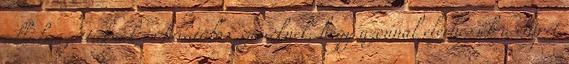
alkalmazottaknak és hivatalos szerveknek, hogy azonnal elérhessék a chipet